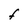
Character: F